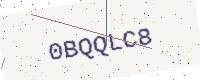
Text: 0BQQLC8